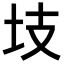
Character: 𭍾